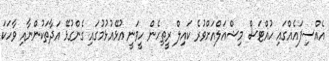
އެއްސިފައެއްގައި ހުއްޓަސް މިޝްއަލްއަށްވުރެ ކައިލް ރީތިހެން ހީވަނީ އުޅޭއުޅުމުގައި ގެންގުޅޭ އަދާތަކުންނާއި ވާހަކަ